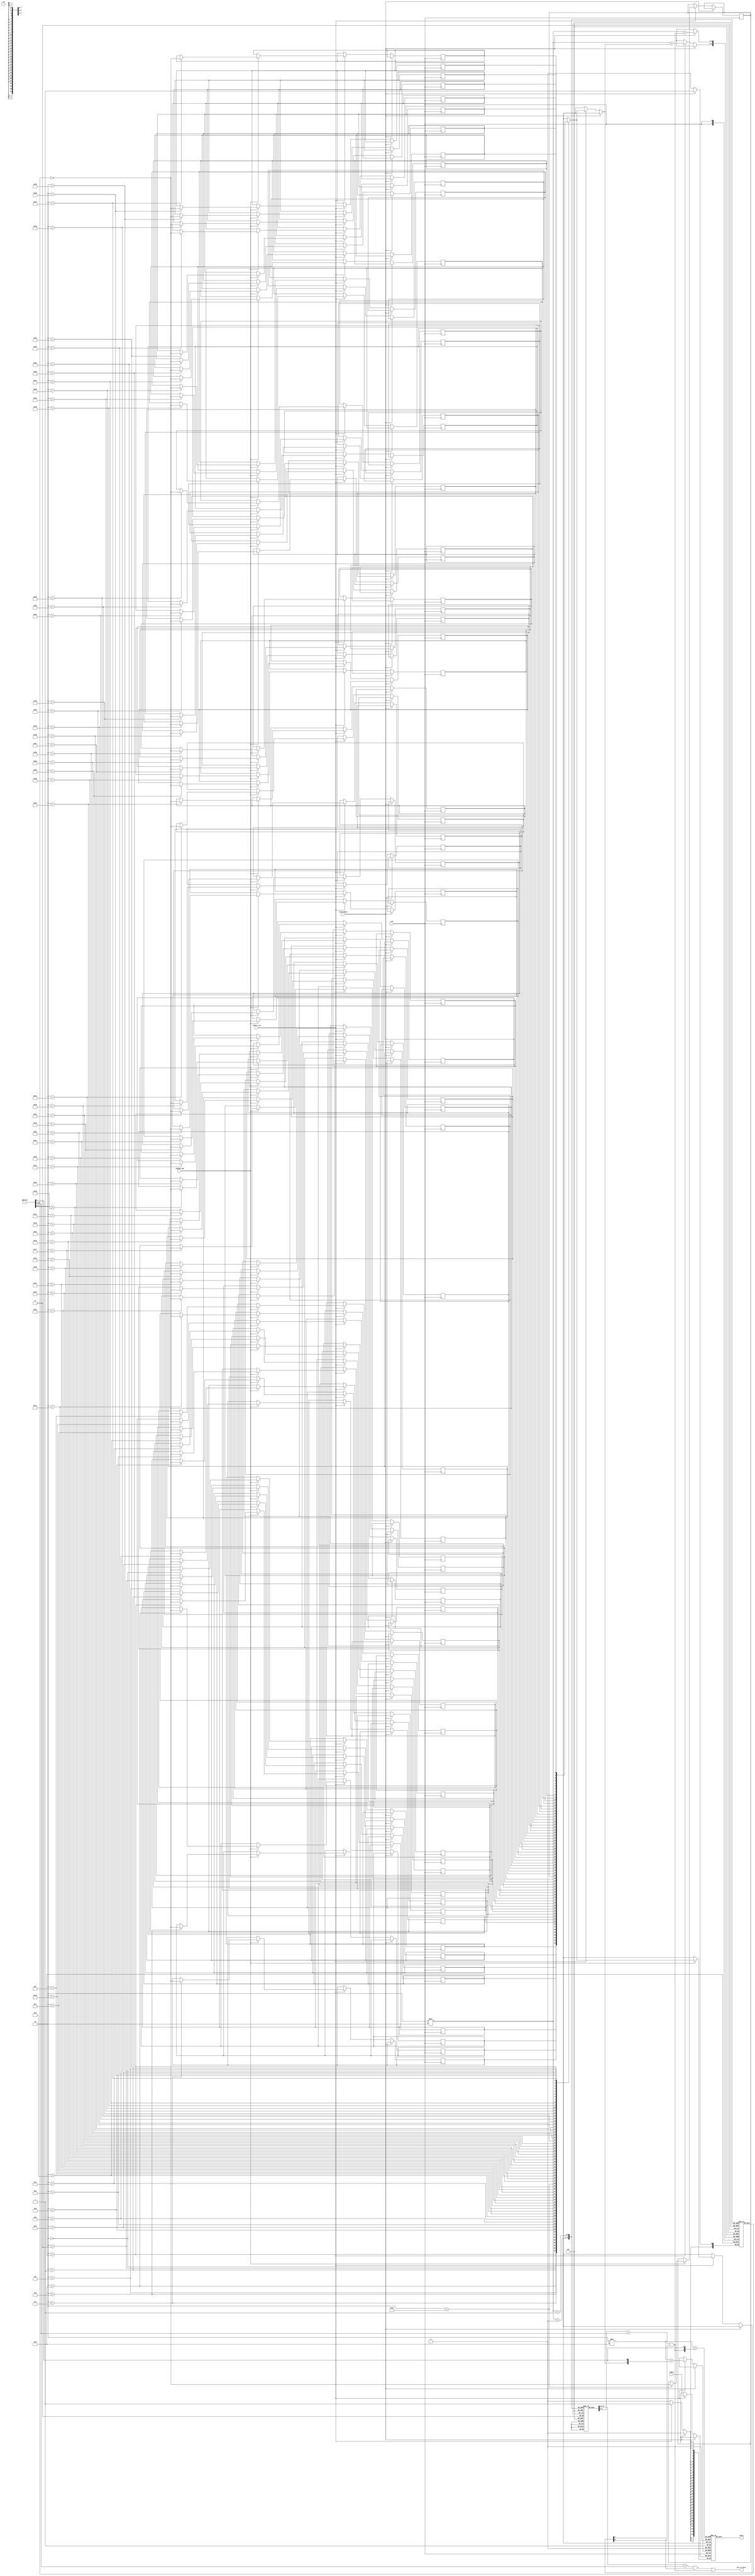
module cache(
  clk,
  rst,
  address,
  wdata,
  cache_w_en,
  invalidate,
  change_LRU,

  hit_or_miss,
  rdata
  );

  input clk,rst;
  input[18:0] address;
  input[31:0] wdata;
  input cache_w_en;
  input invalidate;
  input change_LRU;

  output hit_or_miss;
  output[31:0] rdata;

  reg[31:0] datablk[0:63][0:3];



  reg[9:0] tag [0:63][0:1];

  reg valid [0:63][0:1];

  reg LRU [0:63];

  wire hit_or_miss0, hit_or_miss1;
  wire[9:0] tag_in;
  wire[5:0] index;
  wire LSB_or_MSB;

  assign tag_in=address[18:9];
  assign index=address[8:3];
  assign LSB_or_MSB=address[2];

  assign hit_or_miss0=((tag[index][0] == tag_in) && valid[index][0]);
  assign hit_or_miss1=((tag[index][1] == tag_in) && valid[index][1]);
  assign hit_or_miss=(hit_or_miss0 | hit_or_miss1);

  assign rdata=datablk[index][{hit_or_miss1,LSB_or_MSB}];


  always@(posedge clk)begin
    if(invalidate)
      valid[index][hit_or_miss1]<=1'b0;
    else if(cache_w_en)begin
      valid[index][LRU[index]]<=1'b1;
      datablk[index][{LRU[index],LSB_or_MSB}]<=wdata;
      if(change_LRU)
        LRU[index]<=~LRU[index];

    end
  end

  integer i;
  initial begin
    for(i=0;i<64;i=i+1)begin
      valid[i][0]=1'b0;
      valid[i][1]=1'b0;
      tag[i][0]=10'b0;
      tag[i][1]=10'b0;
      LRU[i]=1'b0;
    end
  end

endmodule